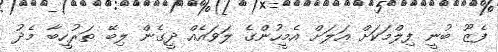
ފެޒޫ ބުނީ ފިލްމަކަށް އަލަށް އެމީހުންގެ ލަވައެއް ދީގެން ލިބޭ ތަރުހީބާ މެދު